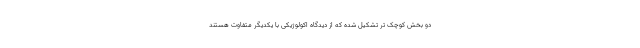
دو بخش کوچک تر تشکیل شده که از دیدگاه اکولوژیکی با یکدیگر متفاوت هستند